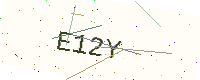
Text: E12Y